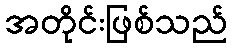
အတိုင်းဖြစ်သည်